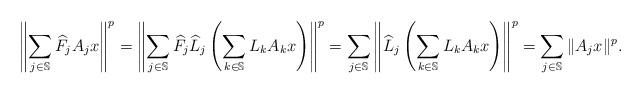
LaTeX: \begin{align*}\left\|\sum_{j\in \mathbb{S}}\widehat{F}_jA_jx\right\|^p=\left\|\sum_{j\in \mathbb{S}}\widehat{F}_j\widehat{L}_j\left(\sum_{k\in \mathbb{S}}L_kA_kx\right)\right\|^p=\sum_{j\in \mathbb{S}}\left\|\widehat{L}_j\left(\sum_{k\in \mathbb{S}}L_kA_kx\right)\right\|^p =\sum_{j\in \mathbb{S}}\|A_jx\|^p.\end{align*}